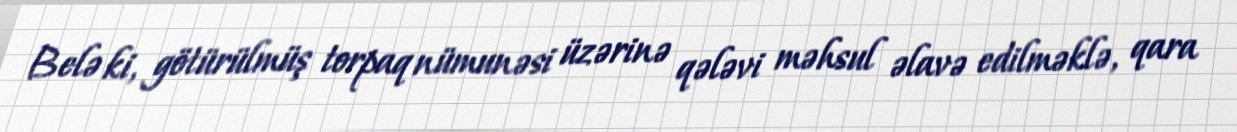
Belə ki, götürülmüş torpaq nümunəsi üzərinə qələvi məhsul əlavə edilməklə, qara